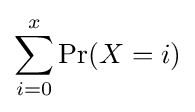
\sum _{i=0}^{x}\Pr(X=i)